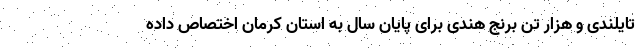
تایلندی و هزار تن برنج هندی برای پایان سال به استان کرمان اختصاص داده